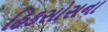
હિકસોસના